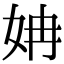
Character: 姌